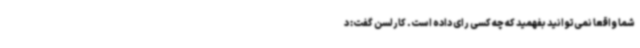
شما واقعا نمی‌توانید بفهمید که چه کسی رای داده است. کارلسن گفت: د